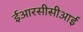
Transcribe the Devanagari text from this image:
ईआरसीसीआई